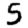
Digit: 5